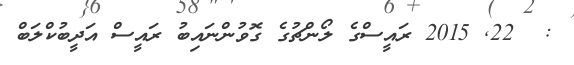
:  22